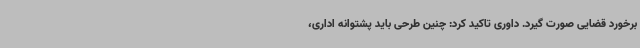
برخورد قضایی صورت گیرد. داوری تاکید کرد: چنین طرحی باید پشتوانه اداری،